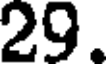
29.